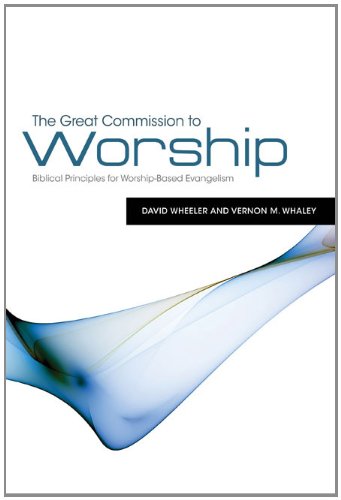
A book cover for The Great Commission to Worship: Biblical Principles for Worship-Based Evangelism; David Wheeler; Christian Books & Bibles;